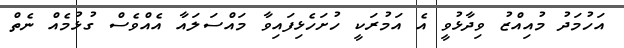
އަހުމަދު މުއިއްޒު ވިދާޅުވީ އެ އަމުރަކީ ހުށަހެޅިފައިވާ މައްސަލައާ އެއްވެސް ގުޅުމެއް ނެތް